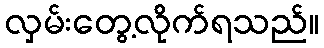
လှမ်းတွေ့လိုက်ရသည်။